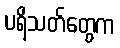
ပရိသတ်တွေက